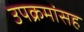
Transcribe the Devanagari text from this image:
उपक्रमांसह